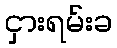
ငှားရမ်းခ